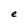
Character: e